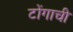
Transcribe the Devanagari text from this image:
टोंगाची